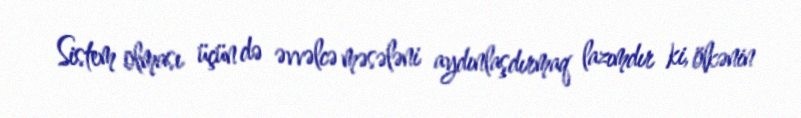
Sistem olması üçün də əvvəlcə məsələni aydınlaşdırmaq lazımdır ki, ölkənin